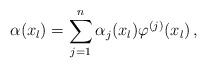
LaTeX: \begin{align*} \alpha(x_l)=\sum_{j=1}^n\alpha_j(x_l)\varphi^{(j)}(x_l)\,,\end{align*}